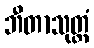
ဘီတာသုတ္တံ